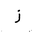
Letter: _zay